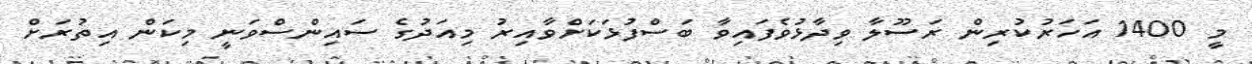
މީ 1400 އަހަރުކުރިން ރަސޫލާ ވިދާޅުވެފައިވާ ބަސްފުޅަކަށްވާއިރު މިއަދުގެ ސައިންސްވަނީ މިކަން އިތުރަށް